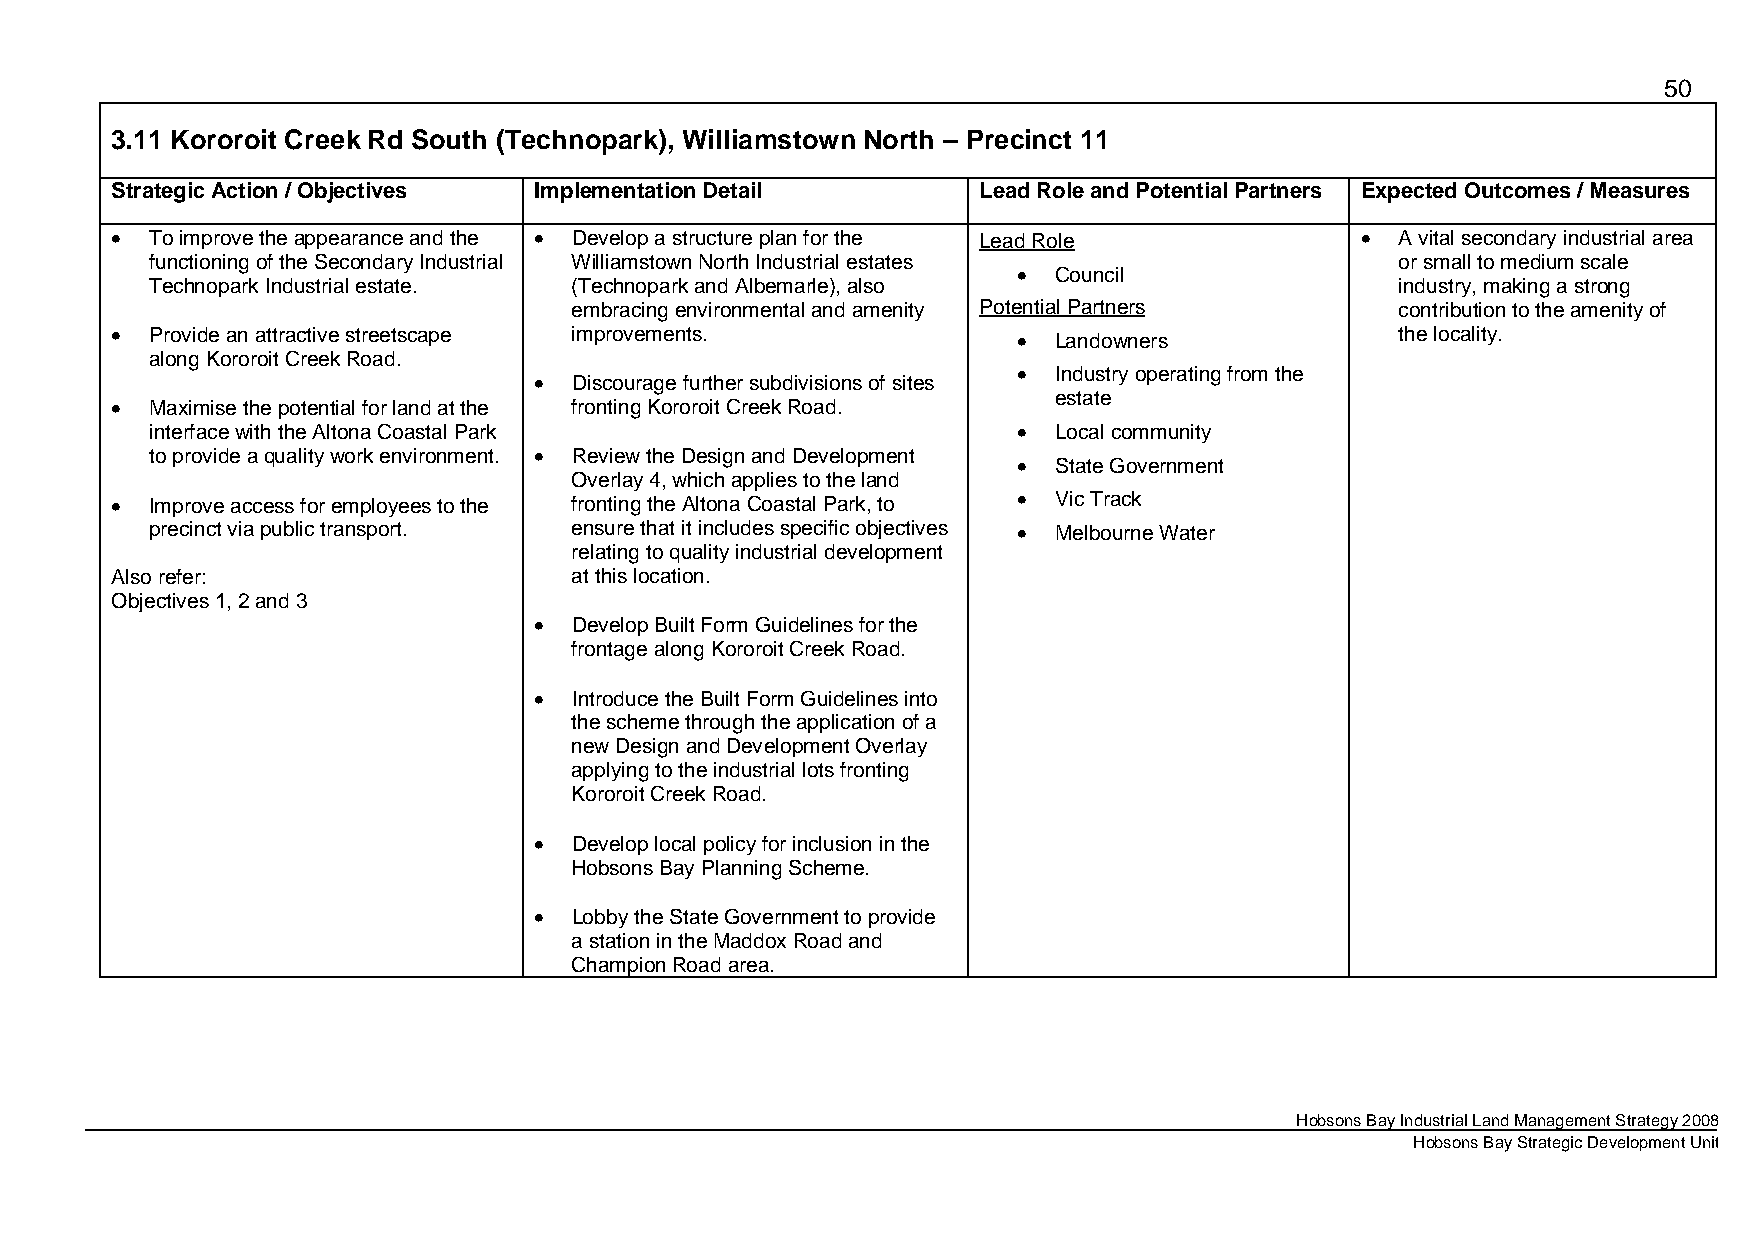
50
 3.11 Kororoit Creek Rd South (Technopark), Williamstown North – Precinct 11
 Strategic Action / Objectives Implementation Detail       Lead Role and Potential Partners Expected Outcomes / Measures
 •  To improve the appearance and the • Develop a structure plan for the Lead Role  •  A vital secondary industrial area
 functioning of the Secondary Industrial Williamstown North Industrial estates      or small to medium scale
 •  Council
 Technopark Industrial estate. (Technopark and Albemarle), also                     industry, making a strong
 embracing environmental and amenity Potential Partners contribution to the amenity of
 •  Provide an attractive streetscape improvements.          •  Landowners             the locality.
 along Kororoit Creek Road.
 •  Discourage further subdivisions of sites • Industry operating from the
 •  Maximise the potential for land at the fronting Kororoit Creek Road. estate
 interface with the Altona Coastal Park                   •  Local community
 to provide a quality work environment. • Review the Design and Development • State Government
 Overlay 4, which applies to the land
 •  Improve access for employees to the fronting the Altona Coastal Park, to • Vic Track
 precinct via public transport. ensure that it includes specific objectives • Melbourne Water
 relating to quality industrial development
 Also refer:                    at this location.
 Objectives 1, 2 and 3
 •  Develop Built Form Guidelines for the
 frontage along Kororoit Creek Road.
 •  Introduce the Built Form Guidelines into
 the scheme through the application of a
 new Design and Development Overlay
 applying to the industrial lots fronting
 Kororoit Creek Road.
 •  Develop local policy for inclusion in the
 Hobsons Bay Planning Scheme.
 •  Lobby the State Government to provide
 a station in the Maddox Road and
 Champion Road area.
 Hobsons Bay Industrial Land Management Strategy 2008
 Hobsons Bay Strategic Development Unit